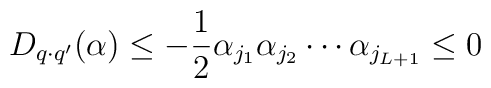
D_{q\cdot q^{\prime }}(\alpha )\leq -\frac 12\alpha _{j_1}\alpha_{j_2}\cdots \alpha _{j_{L+1}}\leq 0